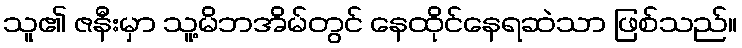
သူ၏ ဇနီးမှာ သူ့မိဘအိမ်တွင် နေထိုင်နေရဆဲသာ ဖြစ်သည်။